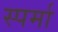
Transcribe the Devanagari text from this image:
स्पर्मा